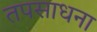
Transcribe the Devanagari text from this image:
तपसाधना